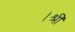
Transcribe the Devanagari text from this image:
।श्री